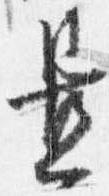
置